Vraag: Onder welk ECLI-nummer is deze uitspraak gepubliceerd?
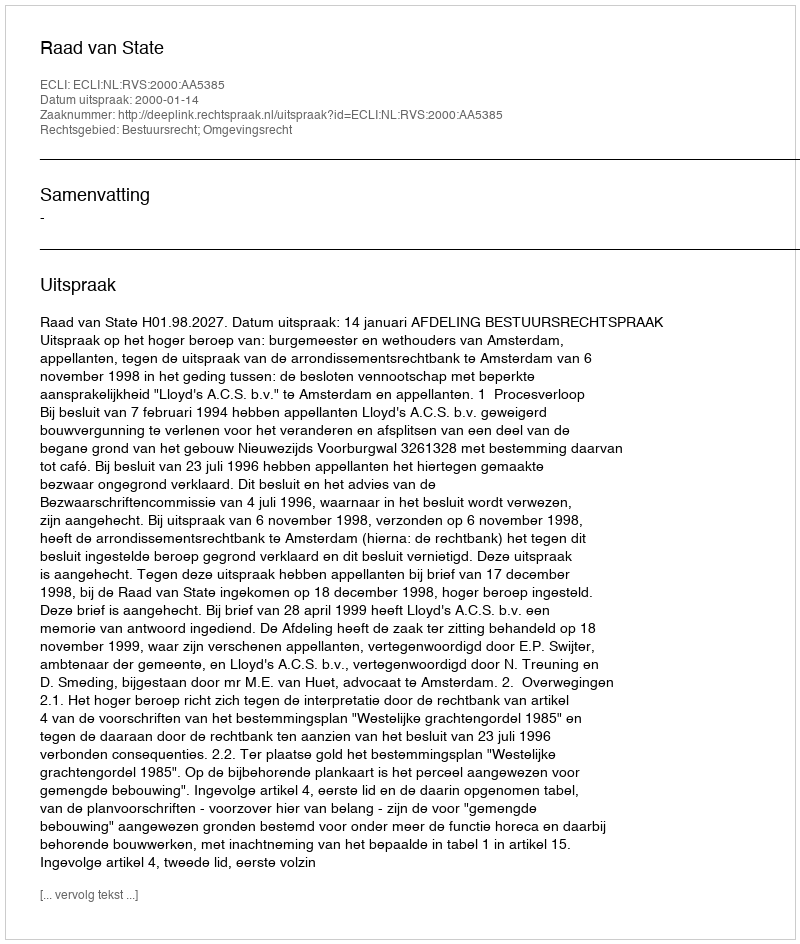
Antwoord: ECLI:NL:RVS:2000:AA5385